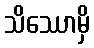
သိဿောမှိ